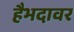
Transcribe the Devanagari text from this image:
हैभदावर